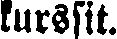
kurssit.